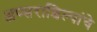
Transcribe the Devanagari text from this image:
अप्सराशिल्पांचे